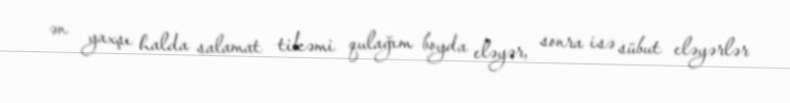
ən yaxşı halda salamat tikəmi qulağım boyda eləyər, sonra isə sübut eləyərlər